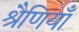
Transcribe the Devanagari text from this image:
श्रैणियाँ